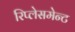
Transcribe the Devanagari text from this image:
रिप्लेसमेन्ट